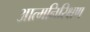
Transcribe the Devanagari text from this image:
आत्मनिरिक्षण